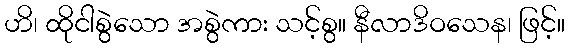
ဟိ၊ ထိုငါစွဲသော အစွဲကား သင့်စွ။ နီလာဒိဝသေန၊ ဖြင့်။